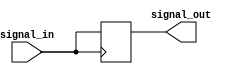
module timing_control_and_sync (
    input wire signal_in,
    output wire signal_out
);

reg signal_delayed;

// Timing control and synchronization block
always @(posedge signal_in) begin
    #1 signal_delayed <= signal_in;
end

assign signal_out = signal_delayed;

endmodule